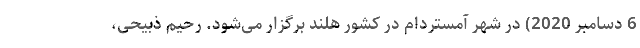
6 دسامبر 2020) در شهر آمستردام در کشور هلند برگزار می‌شود. رحیم ذبیحی،